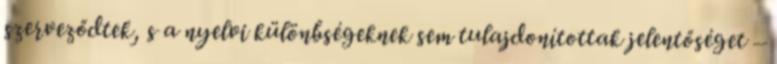
szerveződtek, s a nyelvi különbségeknek sem tulajdonítottak jelentőséget –